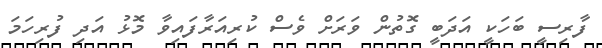
ފާރިސީ ބަހަކީ އަދަބީ ގޮތުން ވަރަށް ވެސް ކުރިއަރާފައިވާ މޮޅު އަދި ފުރިހަމަ